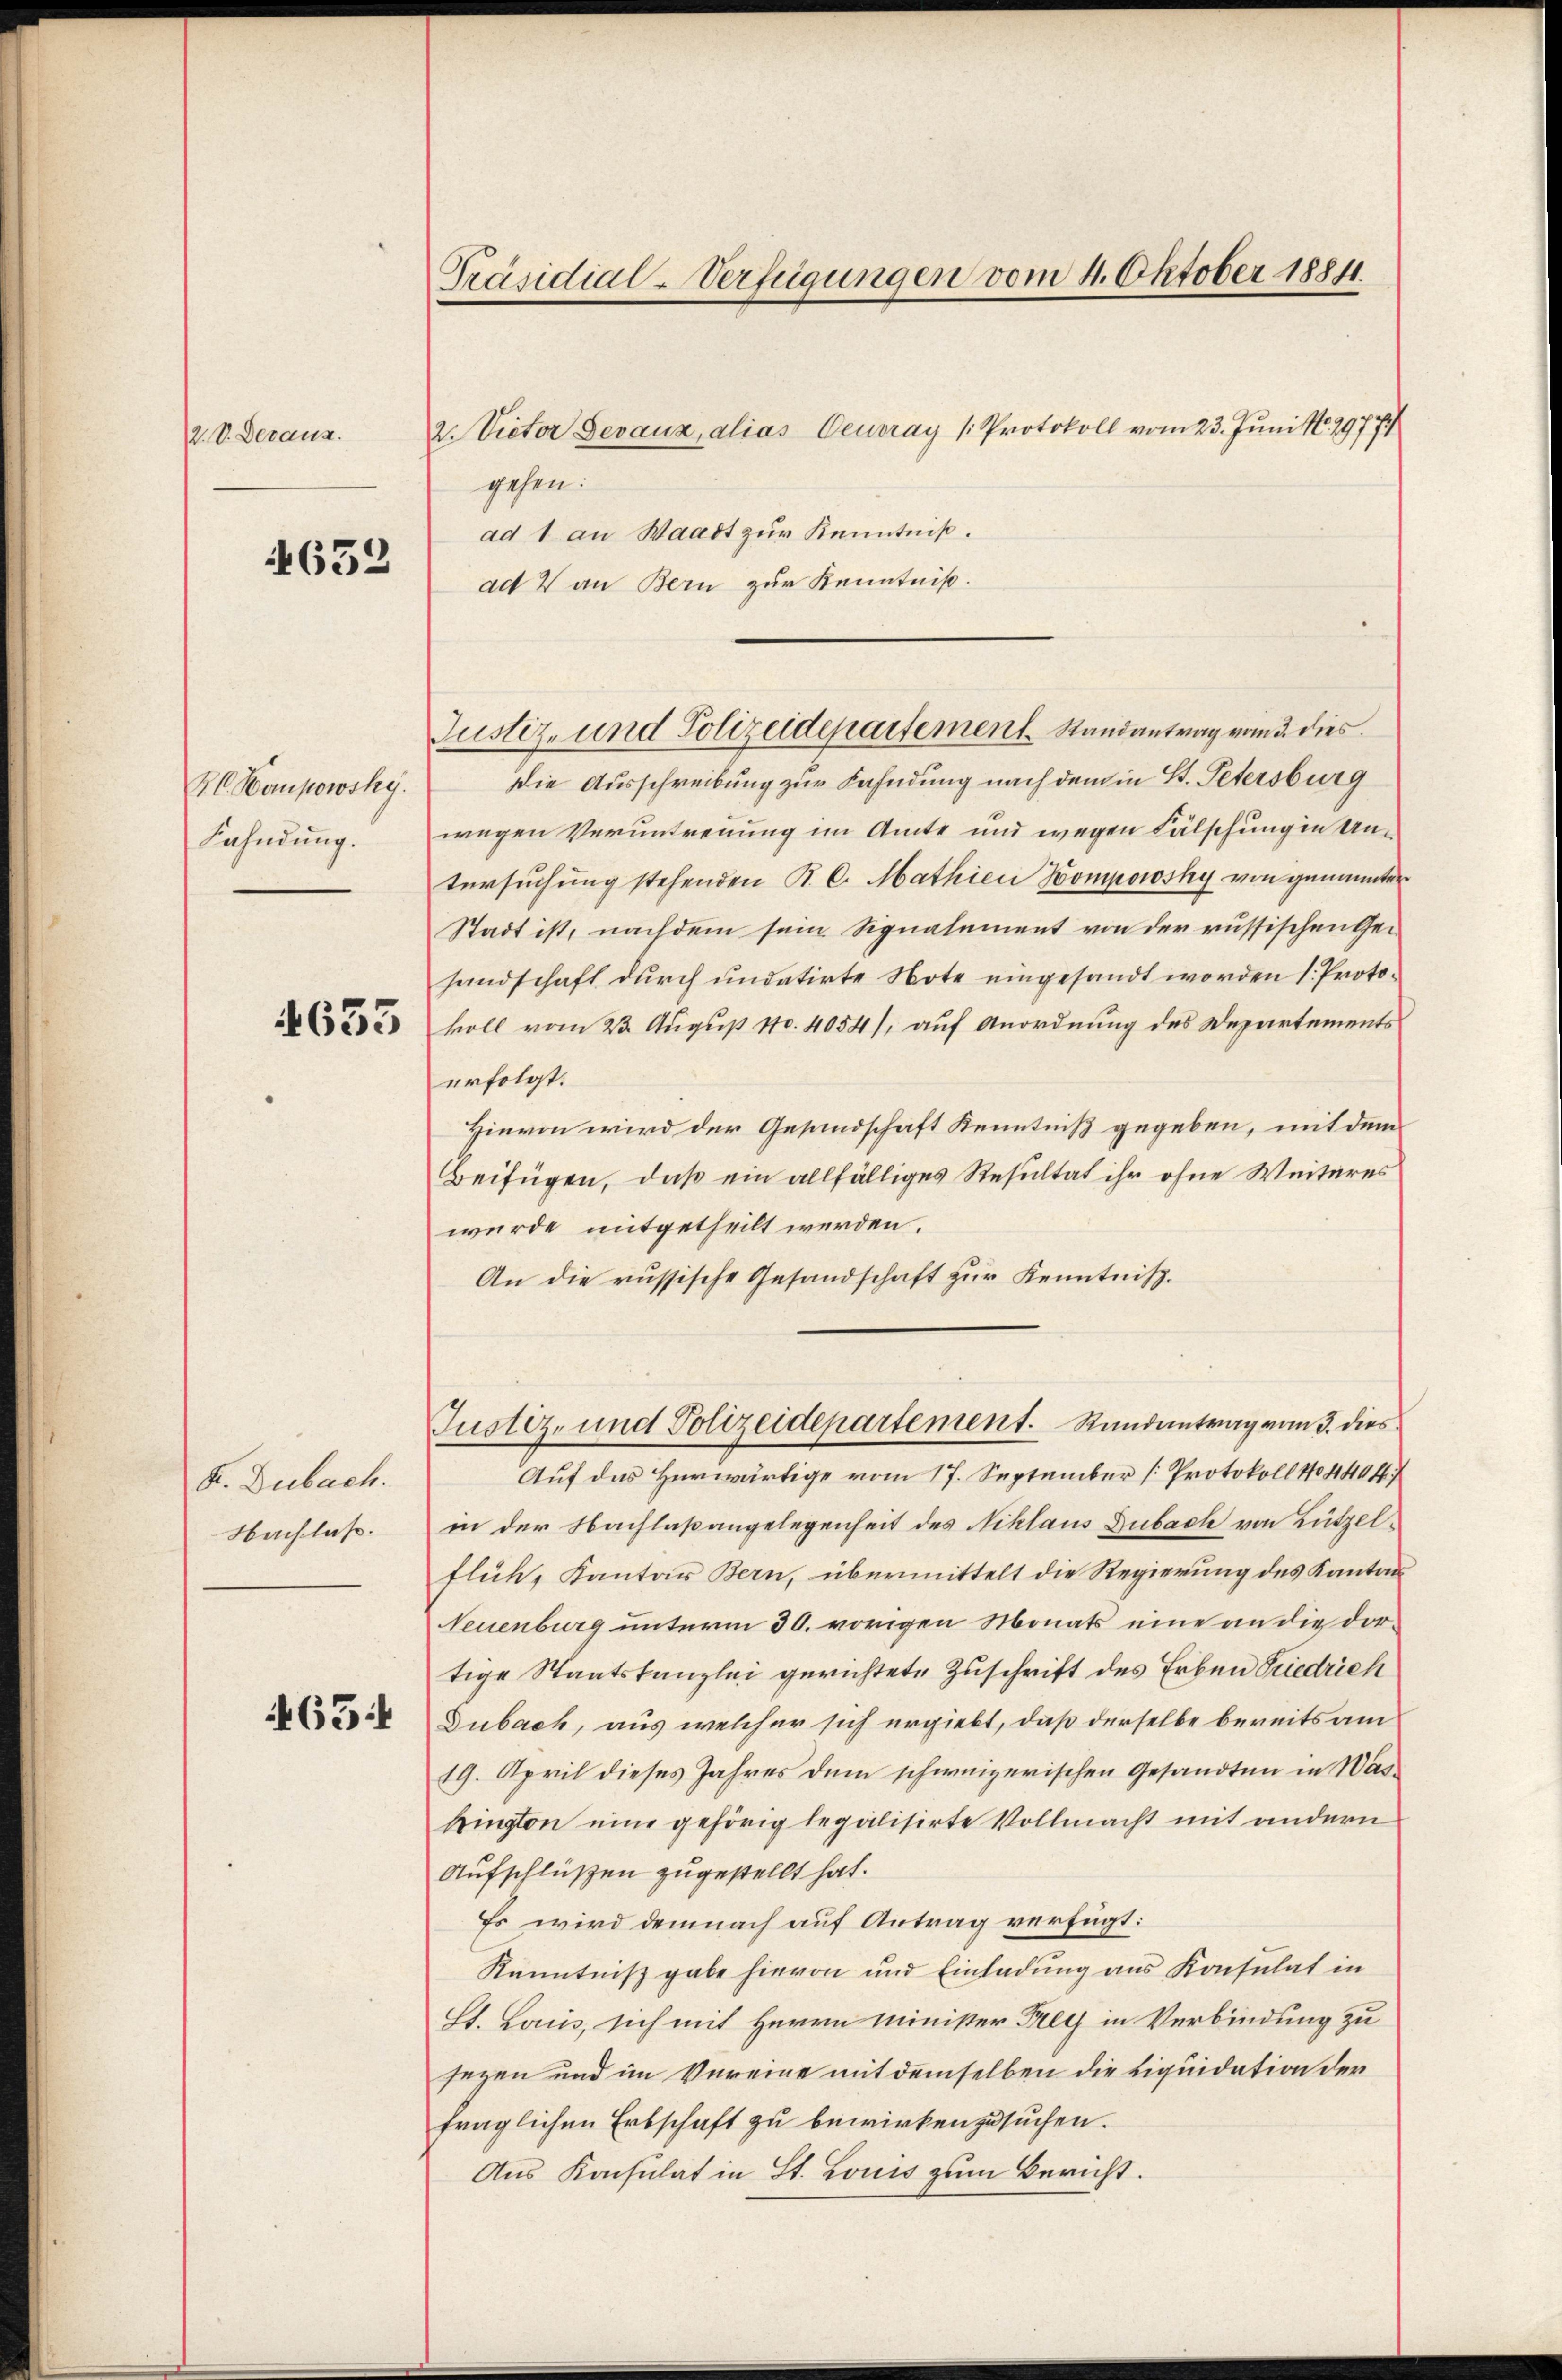
2. V. Deraus.

4632

Kl. Kompowsky.
Fahndung.
n

4633

F. Dubach.
Nachlass.

65

Präsidial-Verfügungen vom 4. Oktober 18811.

2. Victor Devaux, alias Feueray (Protokoll vom 23. Juni No. 29774
gehen:
ad 1 an Waadt zur Kenntniß.
ad V an Bern zur Kenntniß.
Die Ausschreibung zur Fahndung nach dem in St. Petersburg
wegen Veruntrennung im Amte und wegen Fälschung in Untersuchung stehenden R. C. Mathien Kompowsky, von genannten
Stadt ist, nachdem sein Signalement von der russischen Gehandschaft durch undatirte Note eingesandt worden 1. Protokoll vom 23. August No. 4054), auf Anordnung des Departements
erfolgt.
Hievon wird der Gesandschaft Kenntniß gegeben, mit dem
Beifügen, daß ein allfälliges Resultat ihr ohne Weiteres
wurde mitgetheilt werden.
An die russische Gesandschaft zur Kenntnis.
Justiz- und Polizeidepartement. Randantrag vom 3. dies
Auf das Herwärtige vom 17. September [Protokoll No 440 ff.)
in der Nachlaßangelegenheit des Niklaus Dubach von Lützel-
flück, Kanton Bern, übermittelt die Regierung des Kanton
Neuenburg unterm 30. vorigen Monats eine an die dortige Staatskanzlei gerichtete Zuschrift des Erben Friedrich
Dubach, aus welcher sich ergiebt, daß derselbe bereits am
19. April dieses Jahres dem schweizerischen Gesandten in Wasbington eine gehörig legalisirte Vollmacht mit andern
Aufschlüßen zugestellt hat.
Es wird demnach auf Antrag verfügt:
Kenntniß gabe hievon und Einladung aus Konsulat in
St. Laus, sich mit Herrn Minister Frey in Verbindung zu
sezen und im Vereine mit demselben die Liquidation der
fraglichen Erbschaft zu bewirkenzusuchen.
Aus Konsulat in St. Louis zum Bericht.

Justiz- und Polizeidepartement Randantrag vom 3. dies